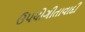
ઉપયોગીતાવાદી